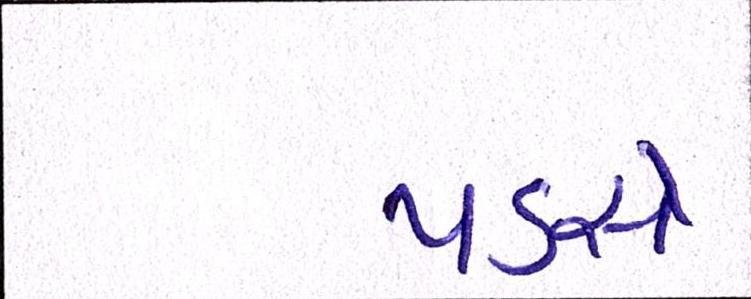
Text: પડસે